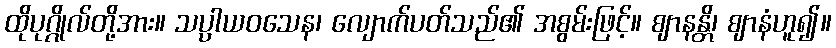
ထိုပုဂ္ဂိုလ်တို့အား။ သပ္ပာယဝသေန၊ လျောက်ပတ်သည်၏ အစွမ်းဖြင့်။ ဈာနန္တိ၊ ဈာနံဟူ၍။